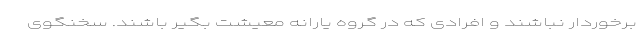
برخوردار نباشند و افرادی که در گروه یارانه معیشت بگیر باشند. سخنگوی